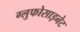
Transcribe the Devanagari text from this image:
ग्लुफोसाइनेट